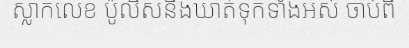
ស្លាកលេខ ប៉ូលិសនឹងឃាត់ទុកទាំងអស់ ចាប់ពី